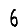
Digit: 6